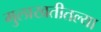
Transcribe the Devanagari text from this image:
मुलाखतीतल्या